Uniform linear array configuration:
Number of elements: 48
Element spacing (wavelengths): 0.5
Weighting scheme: hann
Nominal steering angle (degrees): -45
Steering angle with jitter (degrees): -44.081
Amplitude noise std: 0.05
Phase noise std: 0.05

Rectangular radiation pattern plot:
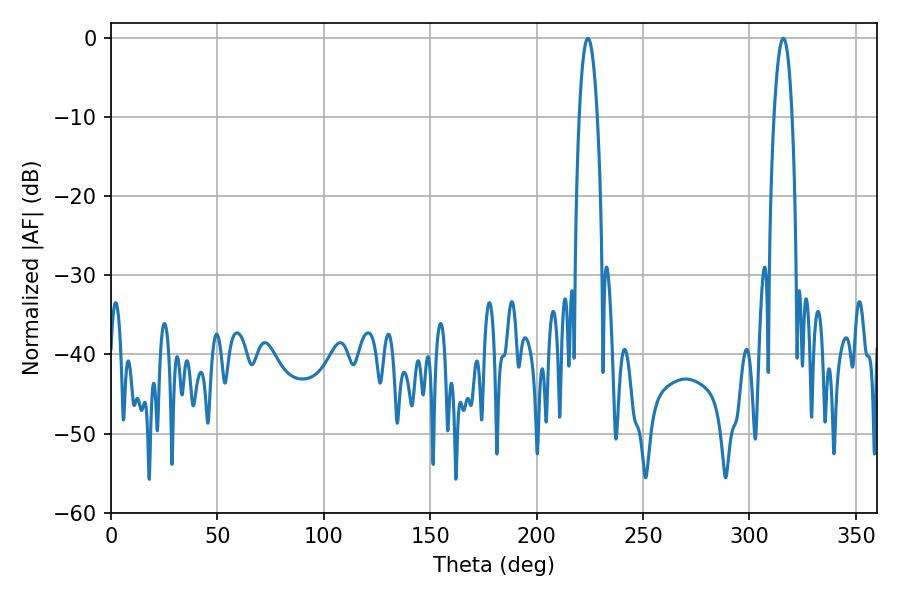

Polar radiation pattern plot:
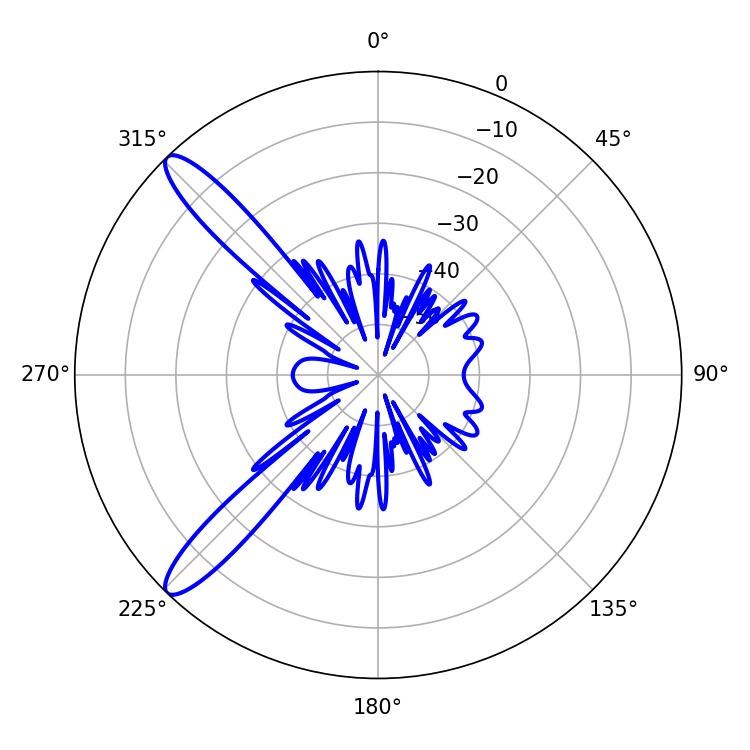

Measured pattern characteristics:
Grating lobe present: FALSE
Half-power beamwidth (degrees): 4.68
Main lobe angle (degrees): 224.1